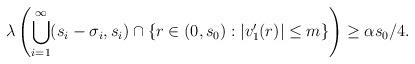
LaTeX: \begin{align*}\lambda \left( \bigcup_{i=1}^{\infty} (s_i - \sigma_i, s_i) \cap \{ r \in (0, s_0) : |v_1'(r) | \leq m\} \right) \geq \alpha s_0 / 4.\end{align*}